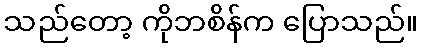
သည်တော့ ကိုဘစိန်က ပြောသည်။